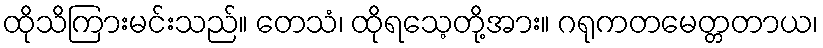
ထိုသိကြားမင်းသည်။ တေသံ၊ ထိုရသေ့တို့အား။ ဂရုကတမေတ္တတာယ၊